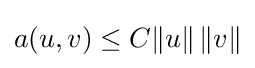
a(u,v)\leq C\|u\|\,\|v\|